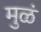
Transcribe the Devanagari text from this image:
मुळं